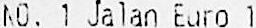
NO. 1 JALAN EURO 1